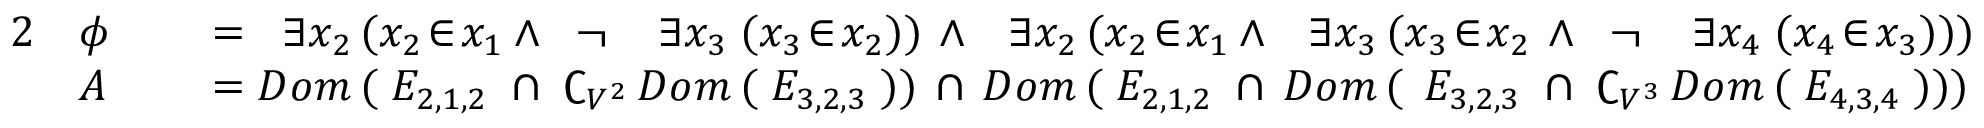
{ \begin{array} { r l r l } { { 2 } } & { \phi \; } & & { = \; \; \exists x _ { 2 } \, ( x _ { 2 } \! \in \! x _ { 1 } \land \; \; \neg \; \; \; \; \exists x _ { 3 } \; ( x _ { 3 } \! \in \! x _ { 2 } ) ) \, \land \; \; \, \exists x _ { 2 } \, ( x _ { 2 } \! \in \! x _ { 1 } \land \; \; \, \exists x _ { 3 } \, ( x _ { 3 } \! \in \! x _ { 2 } \, \land \; \; \neg \; \; \; \; \exists x _ { 4 } \; ( x _ { 4 } \! \in \! x _ { 3 } ) ) ) } \\ & { A \; } & & { = D o m \, ( \; E _ { 2 , 1 , 2 } \; \cap \; \complement _ { V ^ { 2 } } \, D o m \, ( \; E _ { 3 , 2 , 3 } \; ) ) \, \cap \, D o m \, ( \; E _ { 2 , 1 , 2 } \; \cap \, D o m \, ( \; \, E _ { 3 , 2 , 3 } \; \cap \; \complement _ { V ^ { 3 } } \, D o m \, ( \; E _ { 4 , 3 , 4 } \; ) ) ) } \end{array} }